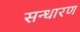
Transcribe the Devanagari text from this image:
सन्‍धारण